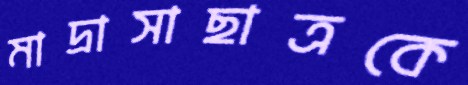
মাদ্রাসাছাত্রকে